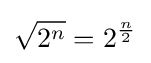
{\sqrt {2^{n}}}=2^{\frac {n}{2}}